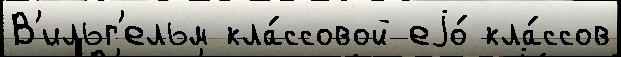
В'ильг'ельм кла́ссовой еjо́ кла́ссов